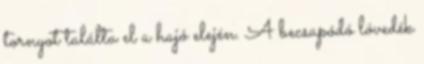
tornyot találta el a hajó elején. A becsapódó lövedék